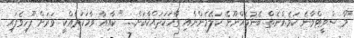
"މާ ސްވީޓްވާނެ ކަމެއްނެތް. ބޭނުމެއްނޫނޭ ކަލޭމެންނާއި ވާހަކަދައްކާކަށް......" ކާއިއާ ވާހަކަދެއްކީ ވަރަށް ފޫހިވެފައި